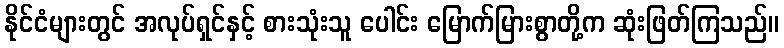
နိုင်ငံများတွင် အလုပ်ရှင်နှင့် စားသုံးသူ ပေါင်း မြောက်မြားစွာတို့က ဆုံးဖြတ်ကြသည်။